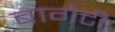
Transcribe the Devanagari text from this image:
बागेटी